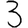
Digit: 3